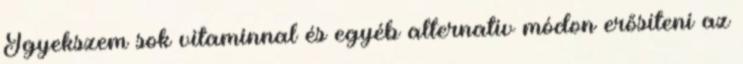
Igyekszem sok vitaminnal és egyéb alternatív módon erősíteni az